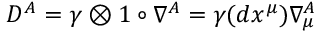
D ^ { A } = \gamma \otimes 1 \circ \nabla ^ { A } = \gamma ( d x ^ { \mu } ) \nabla _ { \mu } ^ { A }